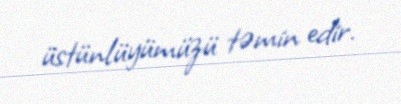
üstünlüyümüzü təmin edir.